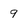
Character: 9